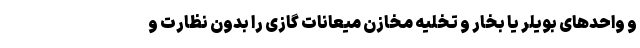
و واحدهای بویلر یا بخار و تخلیه مخازن میعانات گازی را بدون نظارت و